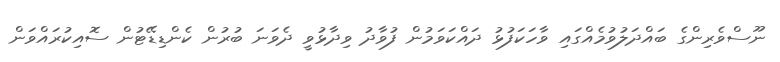
ނޫސްވެރިންގެ ބައްދަލުވުމެއްގައި ވާހަކަފުޅު ދައްކަވަމުން ފުވާދު ވިދާޅުވީ ދެވަނަ ބުރުން ކެންޑިޑޭޓުން ސޮއިކުރައްވަން